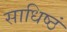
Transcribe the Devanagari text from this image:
साधिष्ठं